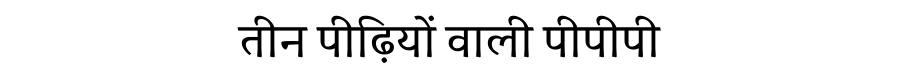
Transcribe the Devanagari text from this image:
तीन पीढ़ियों वाली पीपीपी